Annual report of the Bengal Veterinary College and of the Civil Veterinary Department, Bengal, for the year 1909-1910 - 1909-1910
Year: 1909
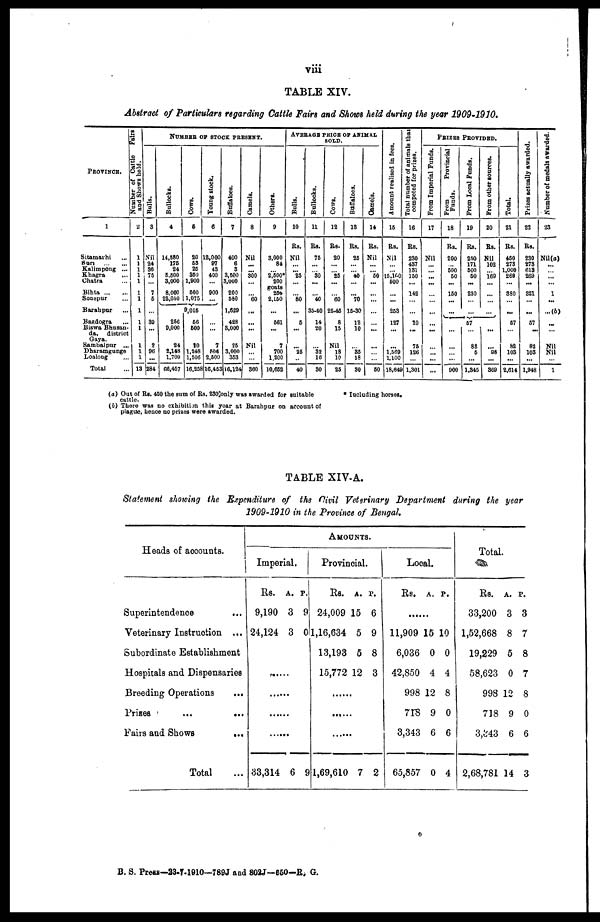
viii
TABLE XIV.
Abstract of Particulars regarding Cattle Fairs and Shows held during the year 1909-1910.
PROVINCE.
1
Sitamarhi ...
Sun
...
Kalimpong ...
Khagra
...
Chatra ...
Bihta
...
...
Sonepur ...
Barahpur ...
Bagdogra ...
Biswa Bhusan-
da,
district
Sambalpur ...
Dharamgunge
Loalong ...
Total ...
Number of Cattle Fairs
and Shows held.
2
1
1
1
1
1
1
1
1
1
1
1
1
1
13
Bulls.
3
Nil
24
36
75
...
7
5
...
39
...
2
96
...
284
NUMBER OF STOCK PRESENT.
Bullocks.
4
14,580
176
24
5,500
3,000
8,000
22,050
Cows.
5
20
53
25
350
1,900
500
1,075
Young stock.
6
12,000
97
43
400
...
900
...
9,015
256
9,000
24
2,148
1,700
66,457
56
600
10
1,248
1,506
16,258
...
...
7
506
2,500
16,453
Buffaloes.
7
400
6
3
3,500
3,000
200
580
1,629
428
3,000
25
3,000
353
16,124
Camels.
8
Nil
... ...
300
...
...
60
...
...
...
Nil
...
...
360
Others.
9
3,000
84
... 2,500*
200
goats.
256
2,150
...
561
...
7
700
1.200
10,652
AVERAGE PEICE OF ANIMAL
SOLD.
Bulls.
10
Rs.
Nil
...
... 25
...
...
80
...
5
...
...
25
...
40
Bullocks.
11
Rs.
75
...
... 30
...
...
40
35-40
14
20
...
32
16
30
Cows.
12
Rs.
20
...
... 25
...
...
60
25-45
8
15
Nil
18
10
25
Buffaloes.
13
Rs.
25
...
... 40
...
...
70
15-30
12
10
...
35
18
30
Camels.
14
Rs.
Nil
...
... 50
...
...
...
...
...
...
...
...
...
50
Amount realised in fees.
15
Rs.
Nil
...
... 15,160
500
...
...
253
127
...
...
1,569
1,100
18,649
Total number of animals that
competed for prizes.
16
Rs.
230
437
131
150
...
142
...
...
10
...
75
126
...
1,301
PRIZES PROVIDED.
From Imperial Funds.
17
Nil
...
... ...
...
...
...
...
...
...
...
...
...
...
From
Provincial
Funds.
18
Rs.
200
... 500
50
...
150
...
...
From Local Funds.
19
Rs.
250
171
500
50
...
230
...
From other sources.
20
Rs.
Nil
102
... 169
...
...
...
57
...
...
... ...
900
...
82
5
...
1,345
...
...
98
...
369
Total.
21
Rs.
450
273
1,000
269
...
380
...
...
57
...
82
103
...
2,614
Prizes actually awarded.
22
Rs.
230
273
613
269
...
321
...
...
57
...
82
103
...
1,948
Number of medals awarded.
23
Nil(a)
...
... ...
...
1
...
...(b)
...
...
Nil
Nil
...
1
(a) Out of Rs. 450 the sum of Rs. 230 only was awarded for suitable
cattle.
(b) There was no exhibition this year at Barahpur on account of
plague, hence no prizes were awarded.
* Iucluding horses.
TABLE XIV-A.
Statement showing the Expenditure of the Civil Veterinary Department during the year
1909-1910 in the Province of Bengal,
Heads of accounts.
Superintendence ...
Veterinary Instruction ...
Subordinate Establishment
Hospitals and Dispensaries
Breeding Operations
...
Frizes
...
...
Fairs and Shows
...
Total ...
AMOUNTS.
Imperial.
Rs.
9,190
24,124
A.
3
3
P.
9
0
......
......
......
......
......
33,314 6 9
Provincal.
Rs.
24,009
1,16,634
13,193
15,772
A.
15
5
5
12
P.
6
9
8
3
......
......
1,69,610 7 2
Local.
Rs. A. P.
......
11,909
6,036
42,850
998
718
3,343
65,857
15
0
4
12
9
6
0
10
0
4
8
0
6
4
Total
Rs.
33,200
1,52,668
19,229
58,623
998
718
3,343
2,68,781
A.
3
8
5
0
12
9
6
14
P.
3
7
8
7
8
0
6
3
B. S. Preas—23-7-1010—789J and 802J—660—R. G.